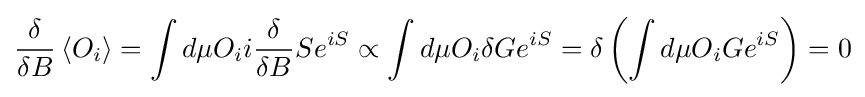
{\frac {\delta }{\delta B}}\left\langle O_{i}\right\rangle =\int d\mu O_{i}i{\frac {\delta }{\delta B}}Se^{iS}\propto \int d\mu O_{i}\delta Ge^{iS}=\delta \left(\int d\mu O_{i}Ge^{iS}\right)=0